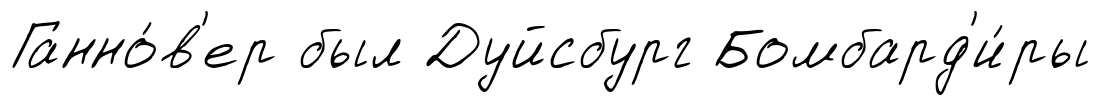
Ганно́в'ер был Дуйсбург Бомбард'и́ры